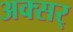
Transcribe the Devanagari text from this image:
अक्सर्